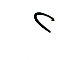
٢